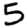
Digit: 5